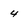
Character: 4